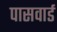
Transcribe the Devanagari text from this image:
पासवार्ड